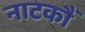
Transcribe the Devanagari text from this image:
नाटकौं